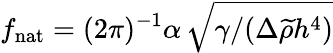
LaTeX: f_{\mathrm{nat}}=(2\pi)^{-1}\alpha\, \sqrt{\gamma/(\Delta\widetilde{\rho}h^{4})}